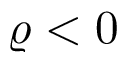
\varrho < 0